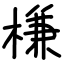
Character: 槏